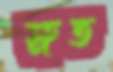
স্রুত